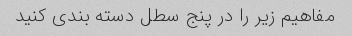
مفاهیم زیر را در پنج سطل دسته بندی کنید